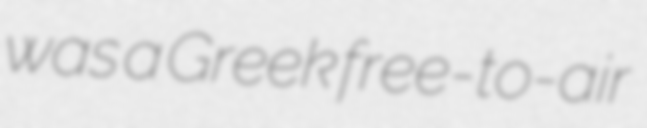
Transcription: was a Greek free-to-air